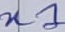
Text: n1